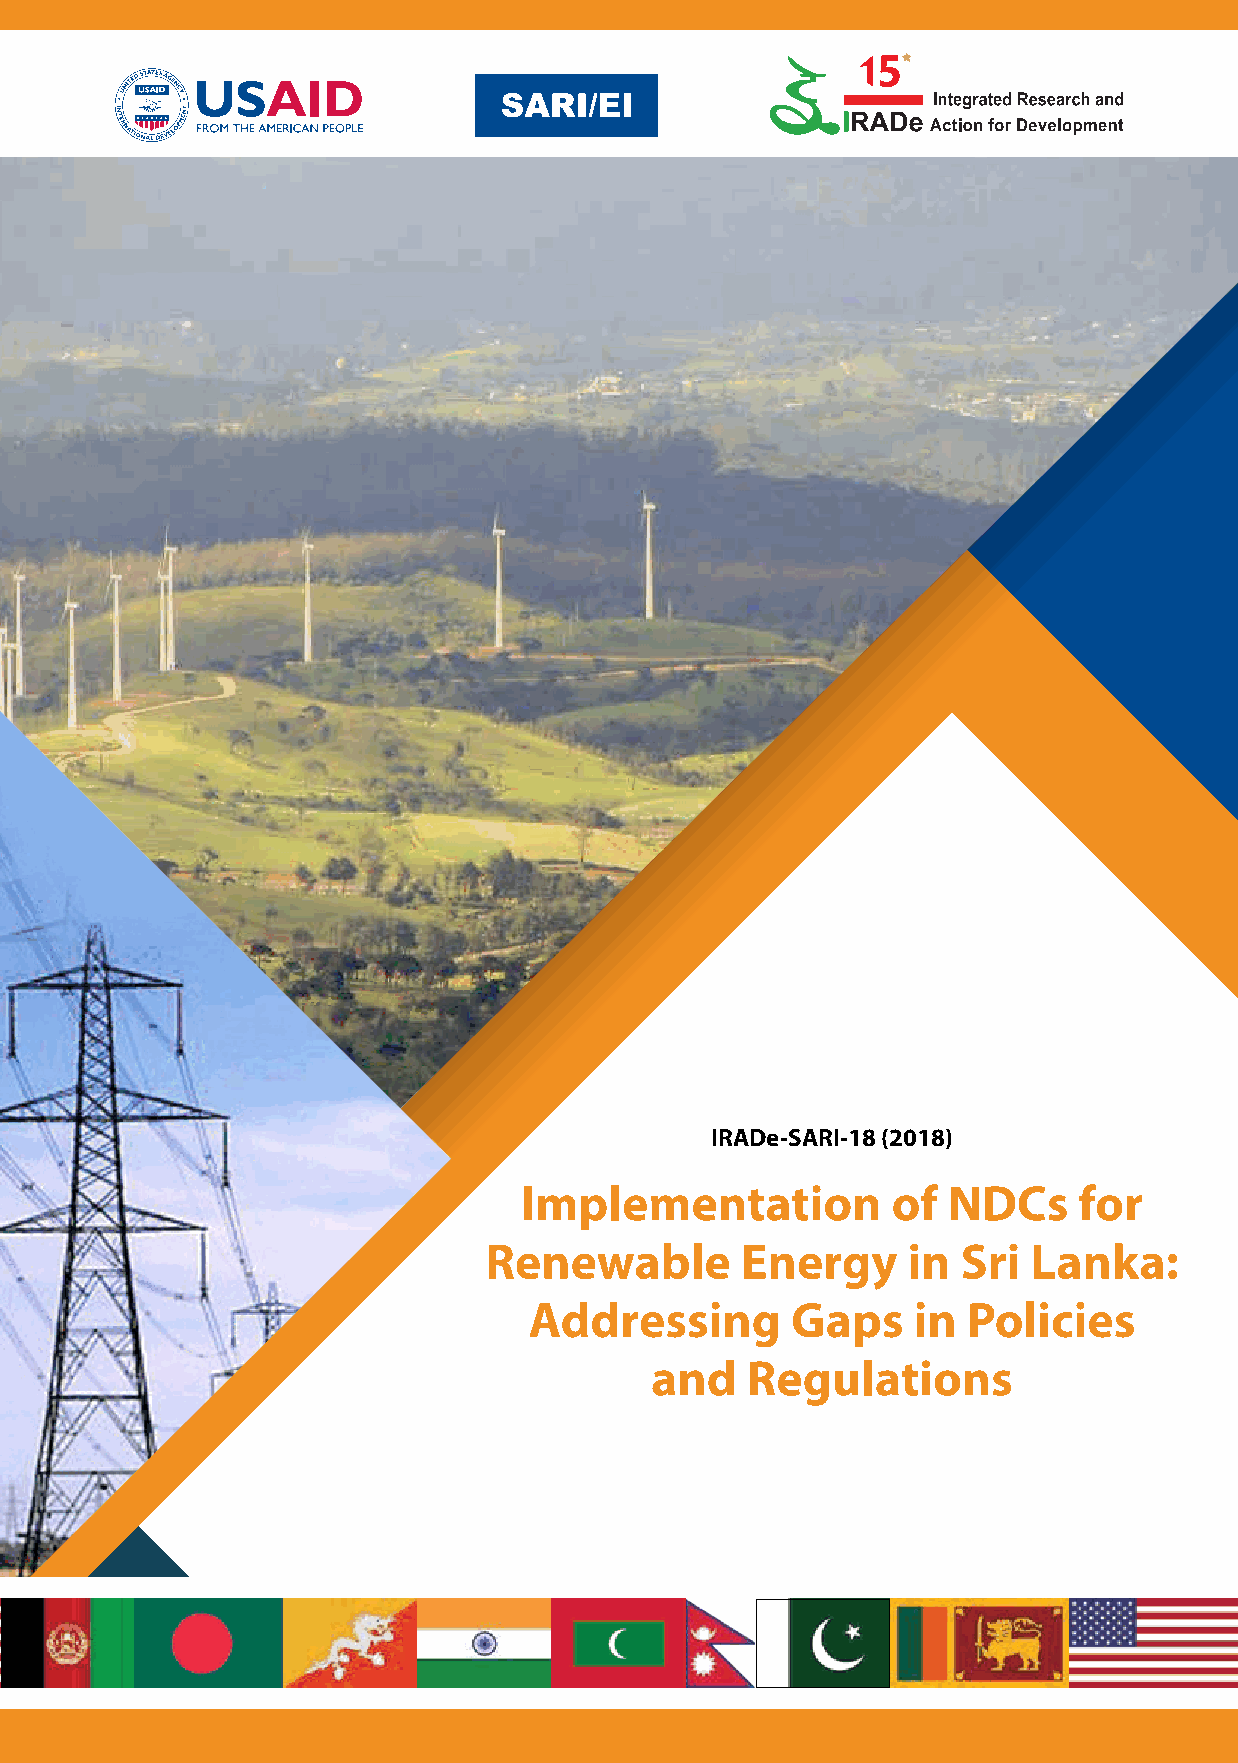
IRADe-SARI-18 (2018)
 Implementation           of  NDCs    for
 Renewable        Energy     in  Sri Lanka:
 Addressing       Gaps    in  Policies
 and   Regulations